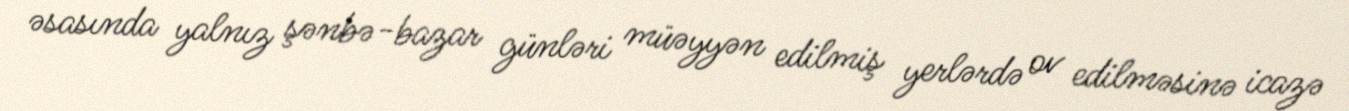
əsasında yalnız şənbə-bazar günləri müəyyən edilmiş yerlərdə ov edilməsinə icazə